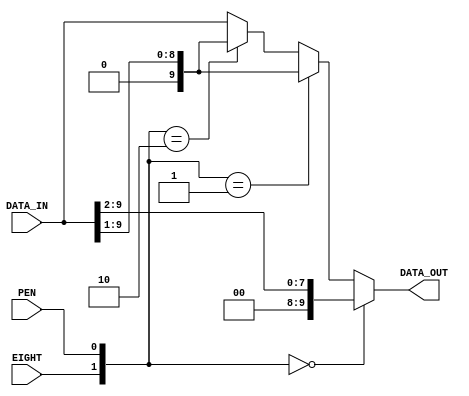
`timescale 1ns / 1ps
//****************************************************************//
//																						//
//  Created by Jacob Nguyen on 10/24/18.                          //
//  Copyright  2018 Jacob Nguyen. All rights reserved.           //
//																						//
//	 Abstract: 	Remapping is responsible for "right justification"	//
//					of the received data based upon UART configuration //
//					for the eighth bit and parity enable.					//
//																						//
//  In submitting this file for class work at CSULB               //
//  I am confirming that this is my work and the work             //
//  of no one else. In submitting this code I acknowledge that 	//
//  plagiarism in student project work is subject to dismissal 	//
//  from the class 																//
//****************************************************************//
module REMAPPING(DATA_IN, EIGHT, PEN, DATA_OUT);

	input EIGHT, PEN;
	input [9:0] DATA_IN;

	output [9:0] DATA_OUT;
	
	assign DATA_OUT = ({EIGHT, PEN} == 2'b00) ? {2'b0, DATA_IN[9:2]}:
							({EIGHT, PEN} == 2'b01) ? {1'b0, DATA_IN[9:1]}:
							({EIGHT, PEN} == 2'b10) ? {1'b0, DATA_IN[9:1]}:
							({EIGHT, PEN} == 2'b11) ? DATA_IN:
															  DATA_IN;
endmodule